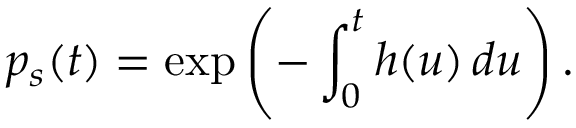
p _ { s } ( t ) = \exp \left( - \int _ { 0 } ^ { t } h ( u ) \, d u \right) .